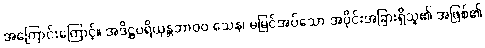
အကြောင်းကြောင့်။ အဒိဋ္ဌပရိယုန္တဘာ၀၀ သေန၊ မမြင်အပ်သော အပိုင်းအခြားရှိသူ၏ အဖြစ်၏